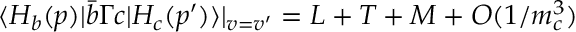
\langle H _ { b } ( p ) | \bar { b } \Gamma c | H _ { c } ( p ^ { \prime } ) \rangle | _ { v = v ^ { \prime } } = L + T + M + { \cal O } ( 1 / m _ { c } ^ { 3 } )